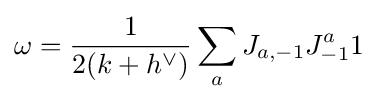
\omega ={\frac {1}{2(k+h^{\vee })}}\sum _{a}J_{a,-1}J_{-1}^{a}1